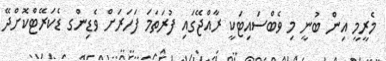
މެރީމީ އިން ބުނީ މި ވެބްސައިޓަކީ ރާއްޖޭގައި ފުރަތަމަ ފަހަރަށް ވެޑިންގ ޑެކަރޭޓްކޮށްދޭ